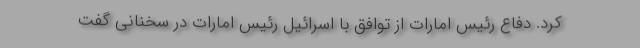
کرد. دفاع رئیس امارات از توافق با اسرائیل رئیس امارات در سخنانی گفت